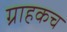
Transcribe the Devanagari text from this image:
ग्राहकच